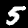
Label: 5